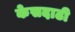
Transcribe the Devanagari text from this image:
केसदाढी